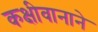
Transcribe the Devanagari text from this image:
कक्षीवानाने